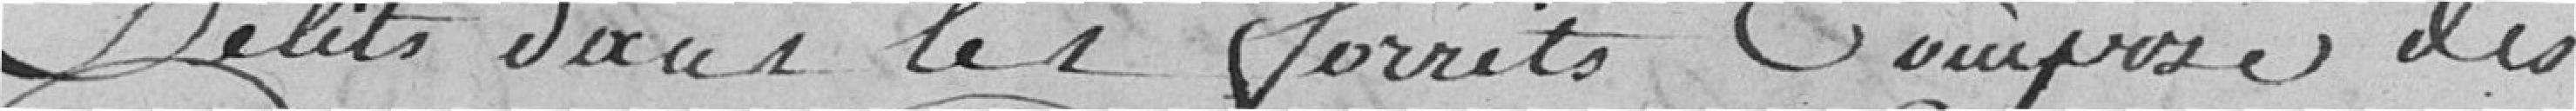
délits dans les forêts composé des